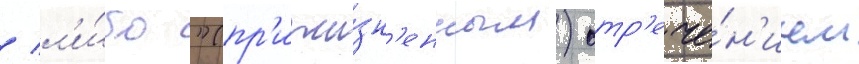
/ л'и́бо "(пр'ижи́зн'енным) отр'ече́н'ием